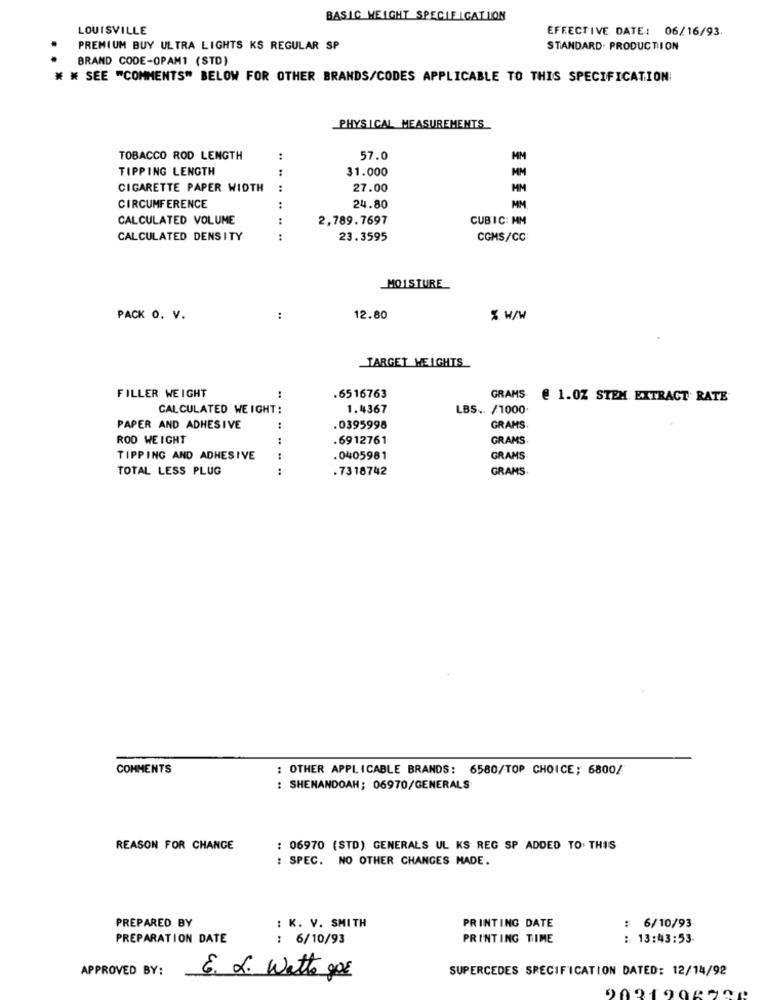
BASIC HEIGHT SPECIE IGATION
LOUISVILLE
EFFECTIVE DATE: 06/16/93.
PREMIUM BUY ULTRA LIGHTS KS REGULAR SP
STANDARD. PRODUCTION
BRAND CODE-OPAM1 (STD)
* * SEE "COMMENTS" BELOW FOR OTHER BRANDS/CODES APPLICABLE TO THIS SPECIFICATION
PHYSICAL MEASUREMENTS
TOBACCO ROD LENGTH
:
57.0
TIPPING LENGTH
31.000
MM
CIGARETTE PAPER WIDTH
:
27.00
MM
CIRCUMFERENCE
:
24.80
MM
CALCULATED VOLUME
2,789.7697
CUBIC: MM
CALCULATED DENSITY
.. ..
23.3595
CGMS/CC
MOISTURE
PACK O. V.
:
12.80
% w/W
TARGET WEIGHTS
FILLER WEIGHT
.6516763
GRAMS
1.0Z STEM EXTRACT RATE
CALCULATED WEIGHT:
1.4367
LBS .. /1000
PAPER AND ADHESIVE
.0395998
GRAMS
ROD WEIGHT
:
.6912761
GRAMS
TIPPING AND ADHESIVE
.0405981
GRAMS
TOTAL LESS PLUG
. 7318742
GRAMS
COMMENTS
: OTHER APPLICABLE BRANDS: 6580/TOP CHOICE; 6800/
: SHENANDOAH; 06970/GENERALS
REASON FOR CHANGE
: 06970 (STD) GENERALS UL KS REG SP ADDED TO. THIS
: SPEC. NO OTHER CHANGES MADE.
PREPARED BY
: 6/10/93
: K. V. SMITH
PRINTING DATE
PREPARATION DATE
: 6/10/93
PRINTING TIME
: 13:43:53.
APPROVED BY:
SUPERCEDES SPECIFICATION DATED: 12/14/92
E. L. Watto gos